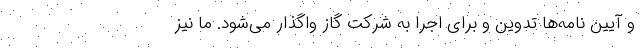
و آیین نامه‌ها تدوین و برای اجرا به شرکت گاز واگذار می‌شود. ما نیز